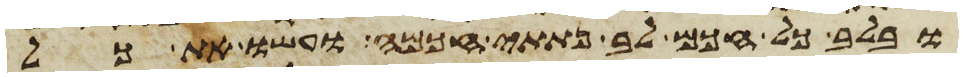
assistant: ובלב כל חכם לב נתתי חכמה ועשו את כל